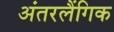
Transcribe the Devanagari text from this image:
अंतरलैंगिक